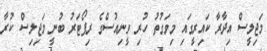
މަޖިލީސް އިދާރާ ކައިރީގައި މިވަގުތު ހުރި ވީނިއުސްގެ ރިޕޯޓަރު ބުނީ މަޖިލިސް ކުރާ